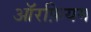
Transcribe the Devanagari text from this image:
ऑरफ़ियम